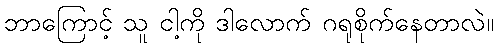
ဘာကြောင့် သူ ငါ့ကို ဒါလောက် ဂရုစိုက်နေတာလဲ။